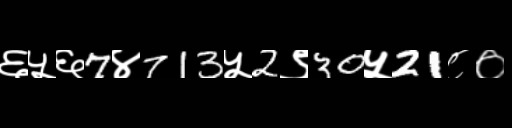
Text: ६५६7४713५2९30५21८०